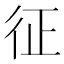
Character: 征